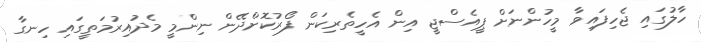
ހާލުގައި ޖެހިފައިވާ މީހުންނަށް ޕީއެސްޖީ އިން އެހީތެރިކަން ފޯރުކޮށްދޭން ނިންމީ މެދުއިރުމަތީގައި ހިނގާ